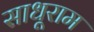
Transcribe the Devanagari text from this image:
साधूराम